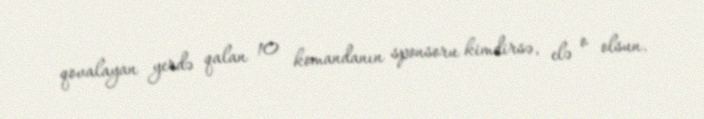
qovalayan yerdə qalan 10 komandanın sponsoru kimdirsə, elə o olsun.